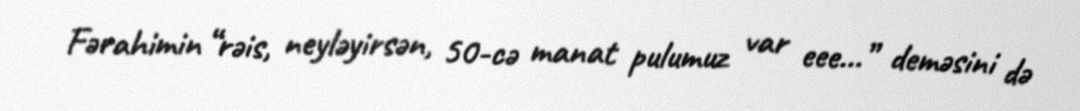
Fərahimin “rəis, neyləyirsən, 50-cə manat pulumuz var eee...” deməsini də